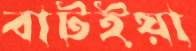
বাটইয়া